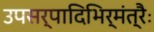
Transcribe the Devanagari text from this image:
उपसर्पादिभिर्मंत्रैः